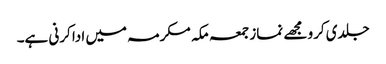
جلدی کرو مجھے نماز جمعہ مکہ مکرمہ میں ادا کرنی ہے۔